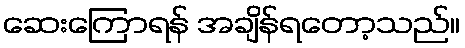
ဆေးကြောရန် အချိန်ရတော့သည်။